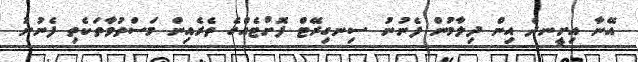
އޭނާ އިށީނދެ އިން ދިލާމުން ފެނުނު ސިނގިރޭޓް ފޮށްޓެއްގެ ތެރެއިން މަސްތުވާތަކެތި ފެނުނު